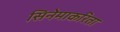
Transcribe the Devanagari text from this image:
सिनेमाकरिता